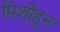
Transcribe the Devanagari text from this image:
मिशीहून